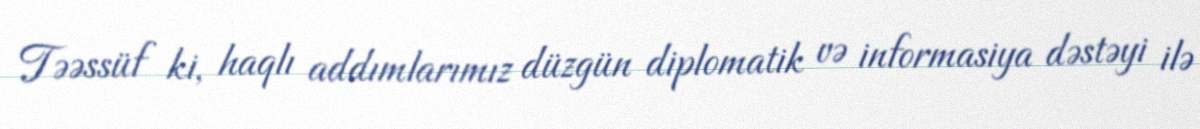
Təəssüf ki, haqlı addımlarımız düzgün diplomatik və informasiya dəstəyi ilə